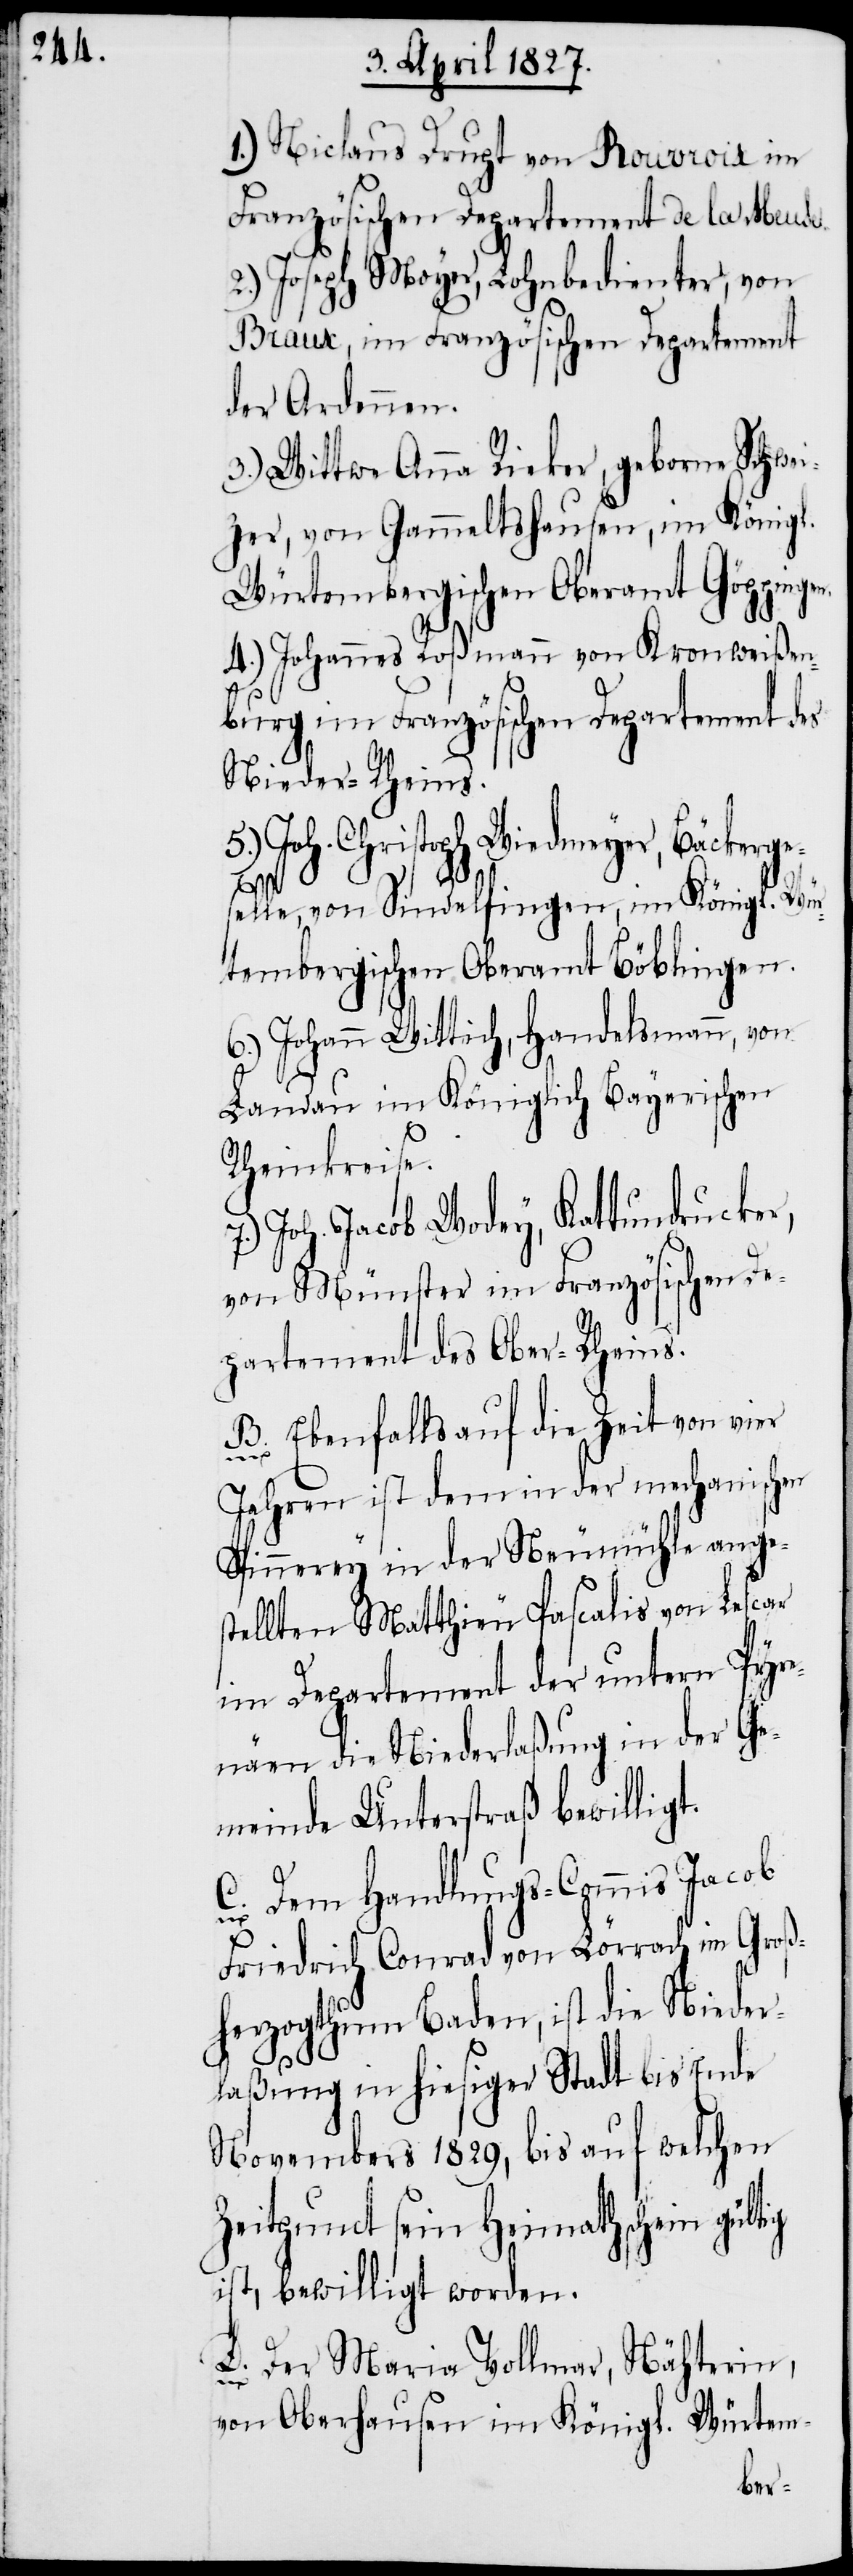
1.) Niclaus Drupt von Rouvroix im
Französischen Departement de la Meuse.
2.) Joseph Moyer, Lohnbedienter, von
Braux, im Französischen Departement
der Ardennen.
3.) Wittwe Anna Rieker, geborne Schwei¬
zer, von Gammeltshausen, im Königl.
Würtembergischen Oberamt Göppingen.
4.) Johannes Roßmann von Kronweißen¬
burg im Französischen Departement des
Nieder-Rheins.
5.) Joh. Christoph Wiedmeyer, Bäckerges¬
elle, von Sindelfingen, im Königl. Wür¬
tembergischen Oberamt Böblingen.
6.) Johann Wittich, Handelsmann, von
Landau im Königlich Bayerischen
Rheinreise.
Joh. Jacob Wodey, Kattundrucker,
von Münster im Französischen De¬
partement des Ober-Rheins.
B. Ebenfalls auf die Zeit von vier
Jahren ist dem in der mechanischen
Spinnerey in der Neumühle ange¬
stellten Matthieu Pascalis von Lescar
im Departement der untern Pyre¬
näen die Niederlaßung in der Ge¬
meinde Unterstraß bewilligt.
C. Dem Handlungs-Commis Jacob
Friedrich Conrad von Lörrach im Groß¬
herzogthum Baden, ist die Nieder¬
laßung in hiesiger Stadt bis Ende
Novembers 1829, bis auf welchen
Zeitpunct sein Heimathschein gültig
ist, bewilligt worden.
D. Der Maria Vollmar, Nähterin,
von Oberhausen im Königl. Würtem-